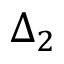
\Delta _ { 2 }